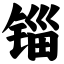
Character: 锱